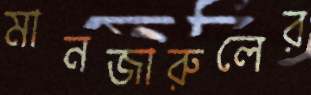
মানজারুলের